Plague in India, 1896, 1897 - Volume 2
Year: 1896
Disease focus: Plague
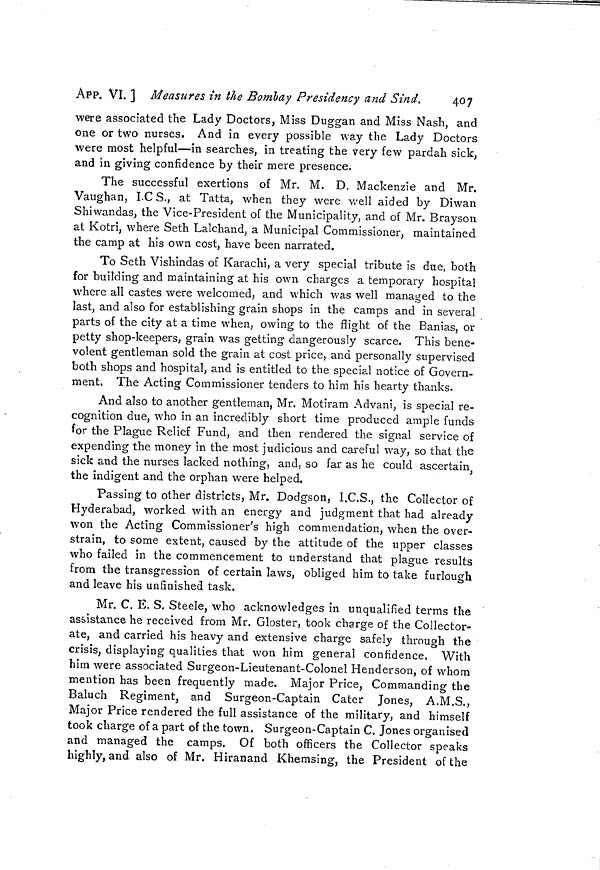
407
APP. VI. J Measures in the Bombay Presidency and Sind.
were associated the Lady Doctors, Miss Duggan and Miss Nash, and
one or two nurses. And in every possible way the Lady Doctors
were most helpful—in searches, in treating the very few pardah sick,
and in giving confidence by their mere presence.
The successful exertions of Mr. M. D. Mackenzie and Mr.
Vaughan, I.C S., at Tatta, when they were well aided by Diwan
Shiwandas, the Vice-Président of the Municipality, and of Mr. Brayson
at Kotri, where Seth Lalchand, a Municipal Commissioner, maintained
the camp at his own cost, have been narrated.
To Seth Vishindas of Karachi, a very special tribute is due, both
for building and maintaining at his own charges a temporary hospital
where all castes were welcomed, and which was well managed to the
last, and also for establishing grain shops in the camps and in several
parts of the city at a time when, owing to the flight of the Banias, or
petty shop-keepers, grain was getting dangerously scarce. This bene-
volent gentleman sold the grain at cost price, and personally supervised
both shops and hospital, and is entitled to the special notice of Govern-
ment. The Acting Commissioner tenders to him his hearty thanks.
And also to another gentleman, Mr. Motiram Advani, is special re-
cognition due, who in an incredibly short time produced ample funds
for the Plague Relief Fund, and then rendered the signal service of
expending the money in the most judicious and careful way, so that the
sick and the nurses lacked nothing, and, so far as he could ascertain ;
the indigent and the orphan were helped.
Passing to other districts, Mr. Dodgson, I.C.S., the Collector of
Hyderabad, worked with an energy and judgment that had already
won the Acting Commissioner's high commendation, when the over-
strain, to some extent, caused by the attitude of the upper classes
who failed in the commencement to understand that plague results
from the transgression of certain laws, obliged him to take furlough
and leave his unfinished task.
Mr. C. E. S. Steele, who acknowledges in unqualified terms the
assistance he received from Mr. Gloster, took charge of the Collector-
ate, and carried his heavy and extensive charge safely through the
crisis, displaying qualities that won him general confidence. With
him were associated Surgeon-Lieutenant-Colonel Henderson, of whom
mention has been frequently made. Major Price, Commanding the
Baluch Regiment, and Surgeon-Captain Cater Jones, A.M.S.,
Major Price rendered the full assistance of the military, and himself
took charge of a part of the town. Surgeon-Captain C. Jones organised
and managed the camps. Of both officers the Collector speaks
highly, and also of Mr. Hiranand Khemsing, the President of the